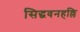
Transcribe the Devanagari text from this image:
सिद्धवनहल्लि